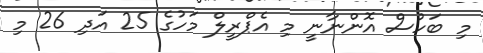
މި ބަހުސް އޮންނާނީ މި އެޕްރީލް މަހުގެ 25 އަދި 26 މި